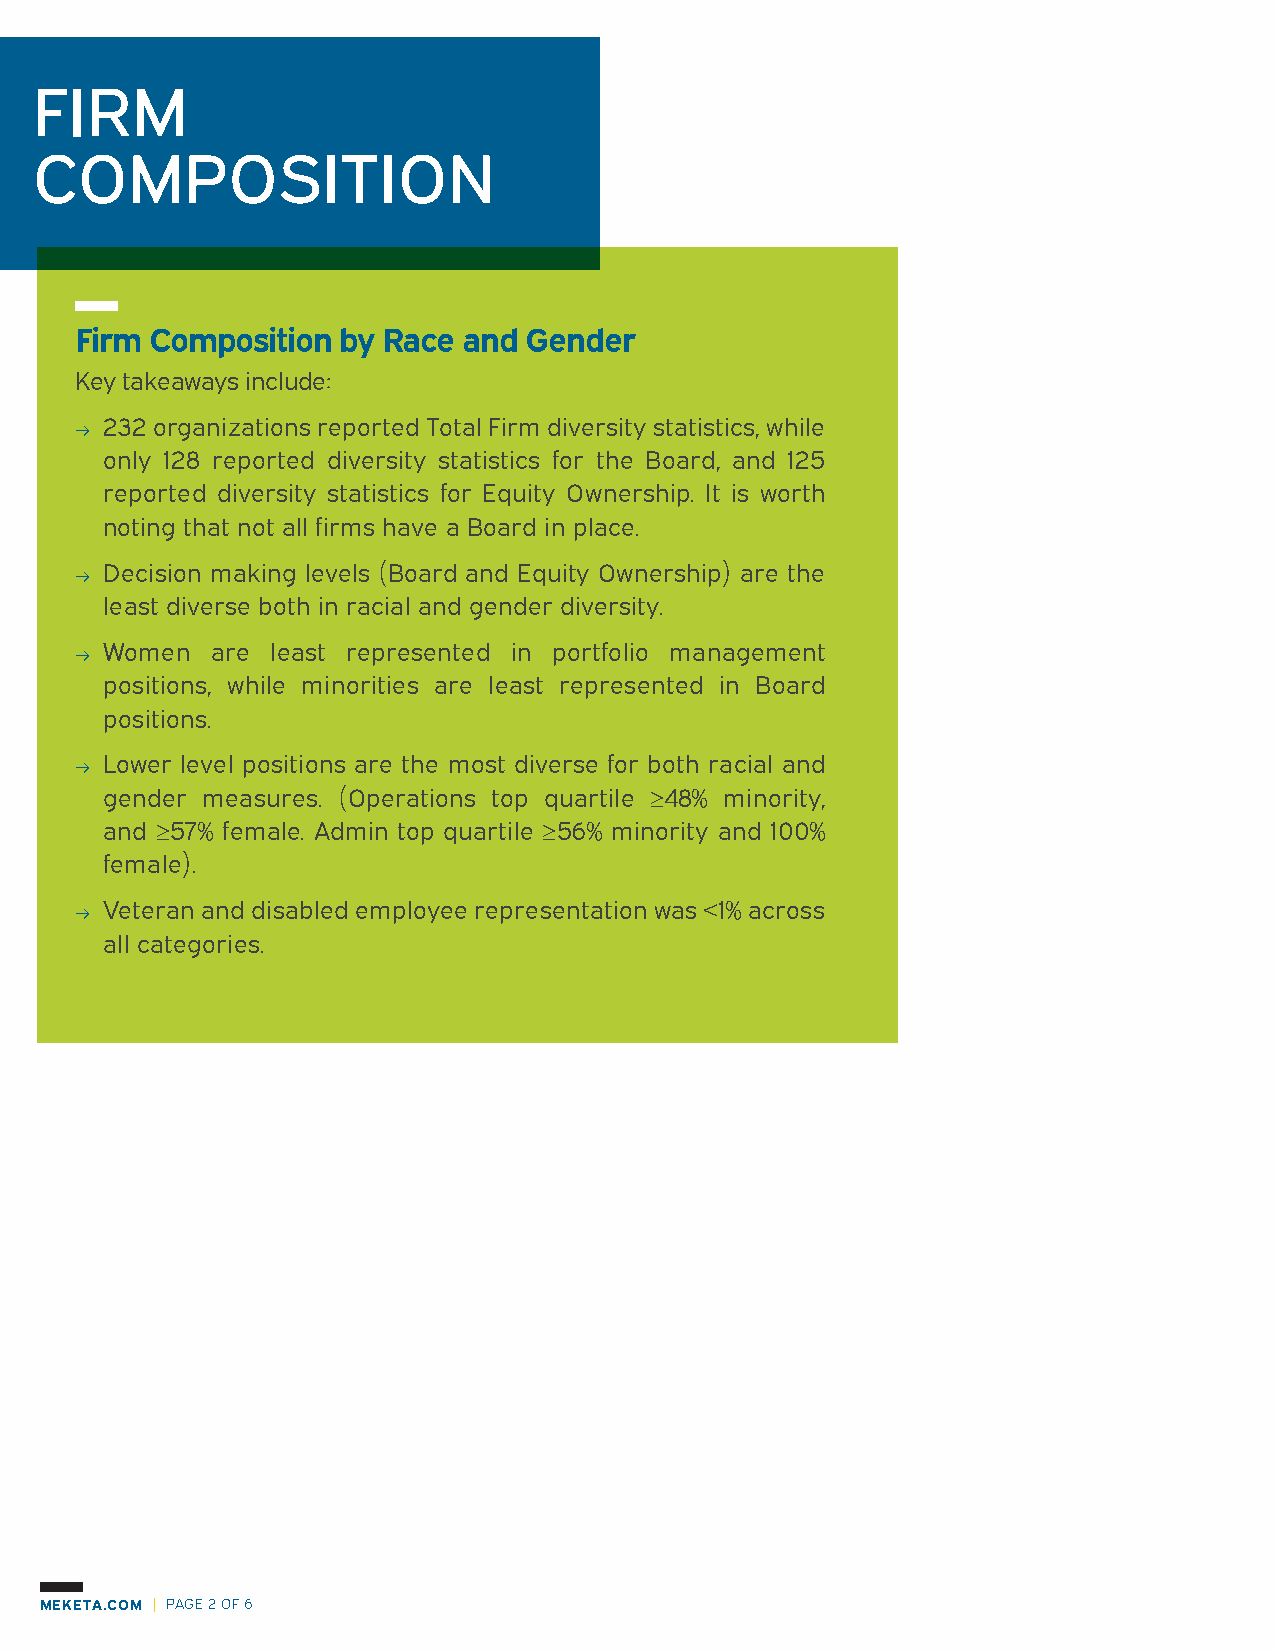
FIRM
 COMPOSITION
 Firm Composition  by Race and Gender
 Key takeaways include:
 → 232 organizations reported Total Firm diversity statistics, while
 only 128 reported diversity statistics for the Board, and 125
 reported diversity statistics for Equity Ownership. It is worth
 noting that not all firms have a Board in place.
 → Decision making levels (Board and Equity Ownership) are the
 least diverse both in racial and gender diversity.
 → Women  are least represented in portfolio management
 positions, while minorities are least represented in Board
 positions.
 → Lower level positions are the most diverse for both racial and
 gender measures. (Operations top quartile ≥48% minority,
 and ≥57% female. Admin top quartile ≥56% minority and 100%
 female).
 → Veteran and disabled employee representation was <1% across
 all categories.
 MEKETA.COM | PAGE 2 OF 6